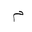
Letter: _mim